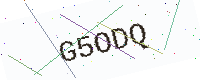
Text: G5ODQ